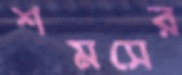
শমসের